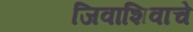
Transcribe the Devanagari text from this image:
जिवाशिवाचे